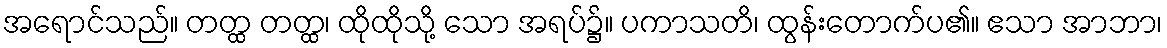
အရောင်သည်။ တတ္ထ တတ္ထ၊ ထိုထိုသို့ သော အရပ်၌။ ပကာသတိ၊ ထွန်းတောက်ပ၏။ ဧသာ အာဘာ၊